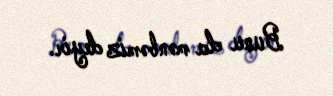
Bunu da mənbəmiz deyir.